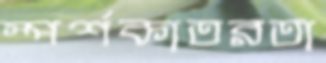
স্পর্শকাতরতা